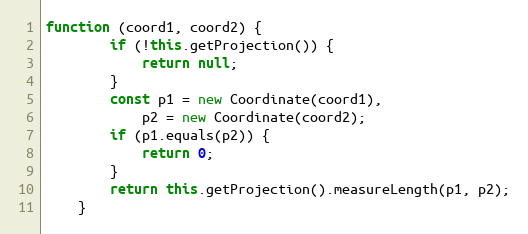
Language: JavaScript
function (coord1, coord2) {
        if (!this.getProjection()) {
            return null;
        }
        const p1 = new Coordinate(coord1),
            p2 = new Coordinate(coord2);
        if (p1.equals(p2)) {
            return 0;
        }
        return this.getProjection().measureLength(p1, p2);
    }